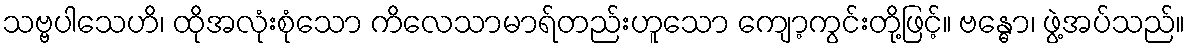
သဗ္ဗပါသေဟိ၊ ထိုအလုံးစုံသော ကိလေသာမာရ်တည်းဟူသော ကျော့ကွင်းတို့ဖြင့်။ ဗန္ဓော၊ ဖွဲ့အပ်သည်။